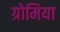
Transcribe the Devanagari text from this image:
ग्रोमिया